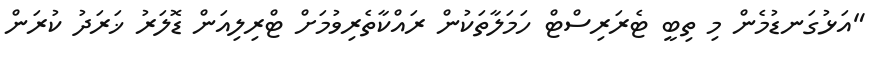
"އަޅުގަނޑުމެން މި ތިބީ ޓެރަރިސްޓް ހަމަލާތަކުން ރައްކާތެރިވުމަށް ޓްރިލިއަން ޑޮލަރު ޚަރަދު ކުރަން